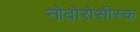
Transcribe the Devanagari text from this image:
नोवोरोसीस्क